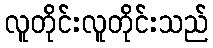
လူတိုင်းလူတိုင်းသည်